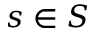
s \in S